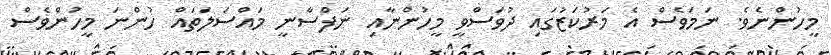
މީހުންނެވެ. ނަމަވެސް އެ މަރުކަޒުގައި ދުވަސްވީ މީހުންނާއި ނަފްސާނީ މައްސަލަތައް ހުންނަ މީހުންވެސް